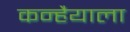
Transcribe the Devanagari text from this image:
कन्हैयाला